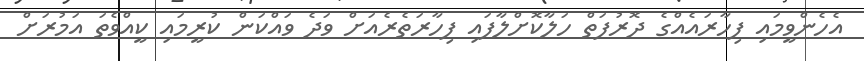
އެހެންވީމައި ފިހާރައެއްގެ ދޮރުފަތް ހަލާކޮށްލާފައި ފިހާރަތެރެއަށް ވަދެ ވައްކަން ކުރީމައި ކީއްވެތަ އަމުރަށް